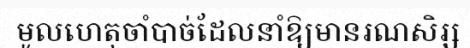
មូលហេតុចាំបាច់ដែលនាំឱ្យមានរណសិរ្ស